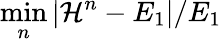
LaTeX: \operatorname*{min}_{n}|\mathcal H^{n}-E_{1}|/E_{1}